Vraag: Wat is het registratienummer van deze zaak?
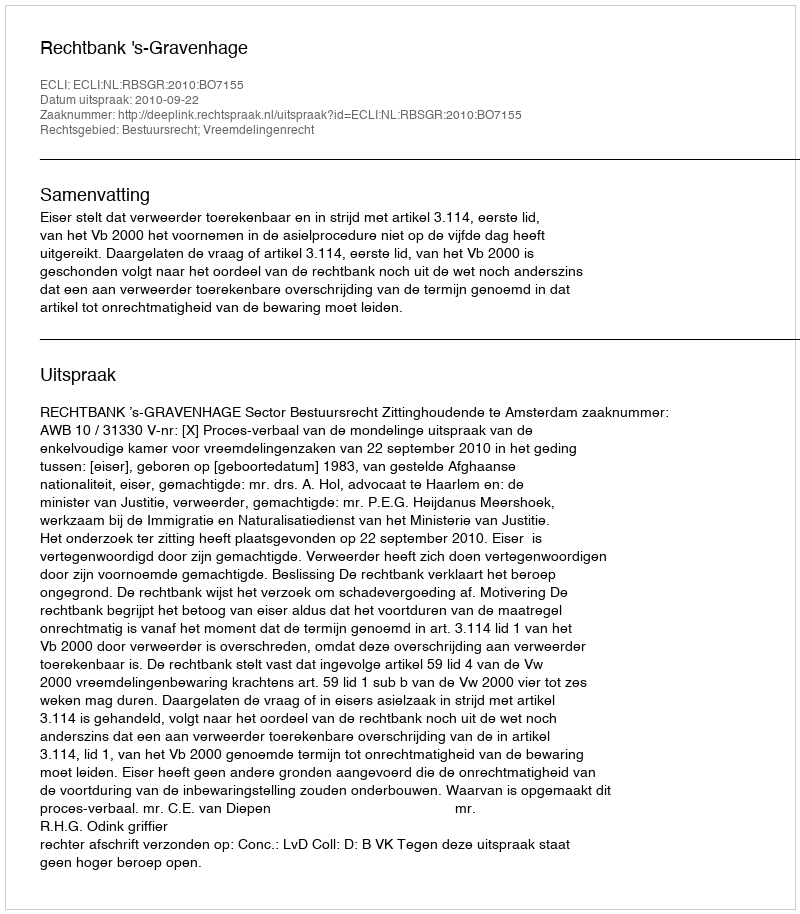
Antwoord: http://deeplink.rechtspraak.nl/uitspraak?id=ECLI:NL:RBSGR:2010:BO7155